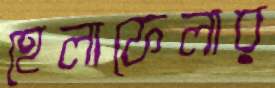
হেলাফেলার